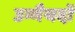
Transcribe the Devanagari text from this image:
उम्मैयदों